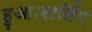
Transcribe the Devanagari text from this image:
हुआ।स्टर्लिंग